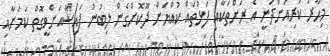
މިހާރު ކުރިއަށްދަނީ އެ ރަށްތަކާއި ފަޅުތައް ކުއްޔަށް ދޫކޮށްގެން ލިބުނު ފައިސާއަށްވީގޮތް ކަމަށާއި